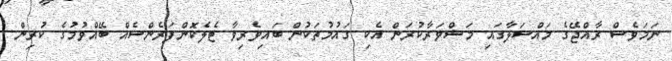
ނަމަވެސް ރާއްޖޭގެ މައްސަލާގައި މަޝްވަރާކުރަން އެކި ގައުމުތަކުން ބައިވެރިވާ ޓެލެކޮންފަރެންސެއް ބޭއްވުމުގެ ކުރިން